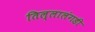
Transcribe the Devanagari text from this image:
तिल्लालंगडी